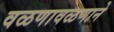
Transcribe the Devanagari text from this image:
वळणावळणाने